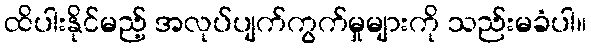
ထိပါးနိုင်မည့် အလုပ်ပျက်ကွက်မှုများကို သည်းမခံပါ။